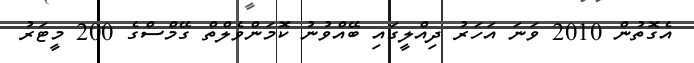
އެގޮތުން 2010 ވަނަ އަހަރު ދިއްލީގައި ބޭއްވުނު ކޮމަންވެލްތް ގޭމްސްގެ 200 މީޓަރު